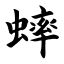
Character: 蟀